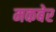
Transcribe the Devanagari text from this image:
मकबेर